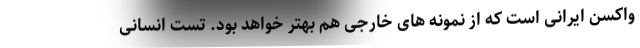
واکسن ایرانی است که از نمونه های خارجی هم بهتر خواهد بود. تست انسانی